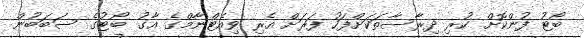
ބޯޓު ފުންކޮށް ކުރި ދިރާސާތަކަށްފަހު ފަރަށް އެރި ވިއެޓްނާމްގެ އާގު ބޯޓުގެ ސަބަބުން